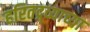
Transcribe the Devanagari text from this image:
हरितद्र्व्याच्या